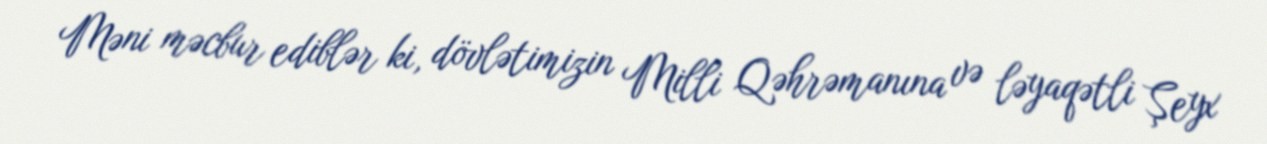
Məni məcbur ediblər ki, dövlətimizin Milli Qəhrəmanına və ləyaqətli Şeyx